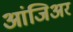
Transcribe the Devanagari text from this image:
आंजिअर